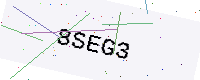
Text: 8SEG3